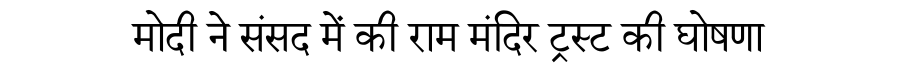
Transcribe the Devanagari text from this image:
मोदी ने संसद में की राम मंदिर ट्रस्ट की घोषणा